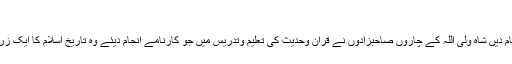
1253ھ)
حضرت شاہ عبد العزیز کے دوسرے بھائیوں نے بھی خدمت دین اسلام میں گرانقدر خدمات انجام دیں شاہ ولی اللہ کے چاروں صاحبزادوں نے قرآن وحدیث کی تعلیم وتدریس میں جو کارنامے انجام دیئے وہ تاریخ اسلام کا ایک زریں باب ہے حضرت شاہ ولی اللہ کے صاحبزادگان کی ولادت ووفات کی ترتیب حسب ذیل ہے۔